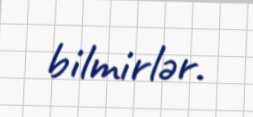
bilmirlər.